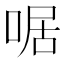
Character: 啹